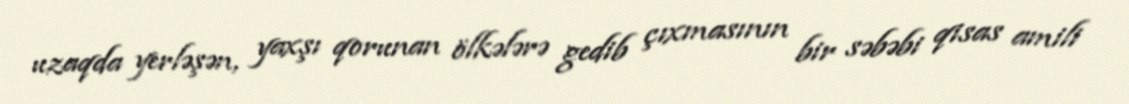
uzaqda yerləşən, yaxşı qorunan ölkələrə gedib çıxmasının bir səbəbi qisas amili